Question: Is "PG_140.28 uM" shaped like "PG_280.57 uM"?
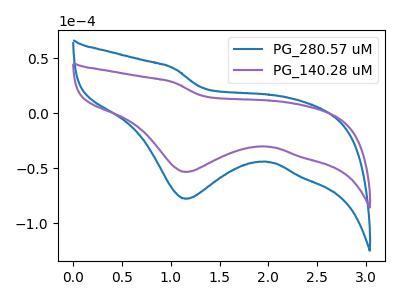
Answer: <think>The blue curve "PG_280.57 uM" has a cathodic peak at: (1.15V, -77.60uA). The purple curve "PG_140.28 uM" has a cathodic peak at: (1.15V, -53.25uA).
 All the peaks in "PG_140.28 uM" have a peak in "PG_280.57 uM" at the same potential. Every peak in "PG_140.28 uM" is lower than every peak in "PG_280.57 uM".</think>
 <answer>"PG_140.28 uM" and "PG_280.57 uM" are similar in shape.</answer>
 <eval>same_shape</eval>